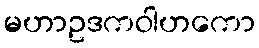
မဟာဥဒကဝါဟကော